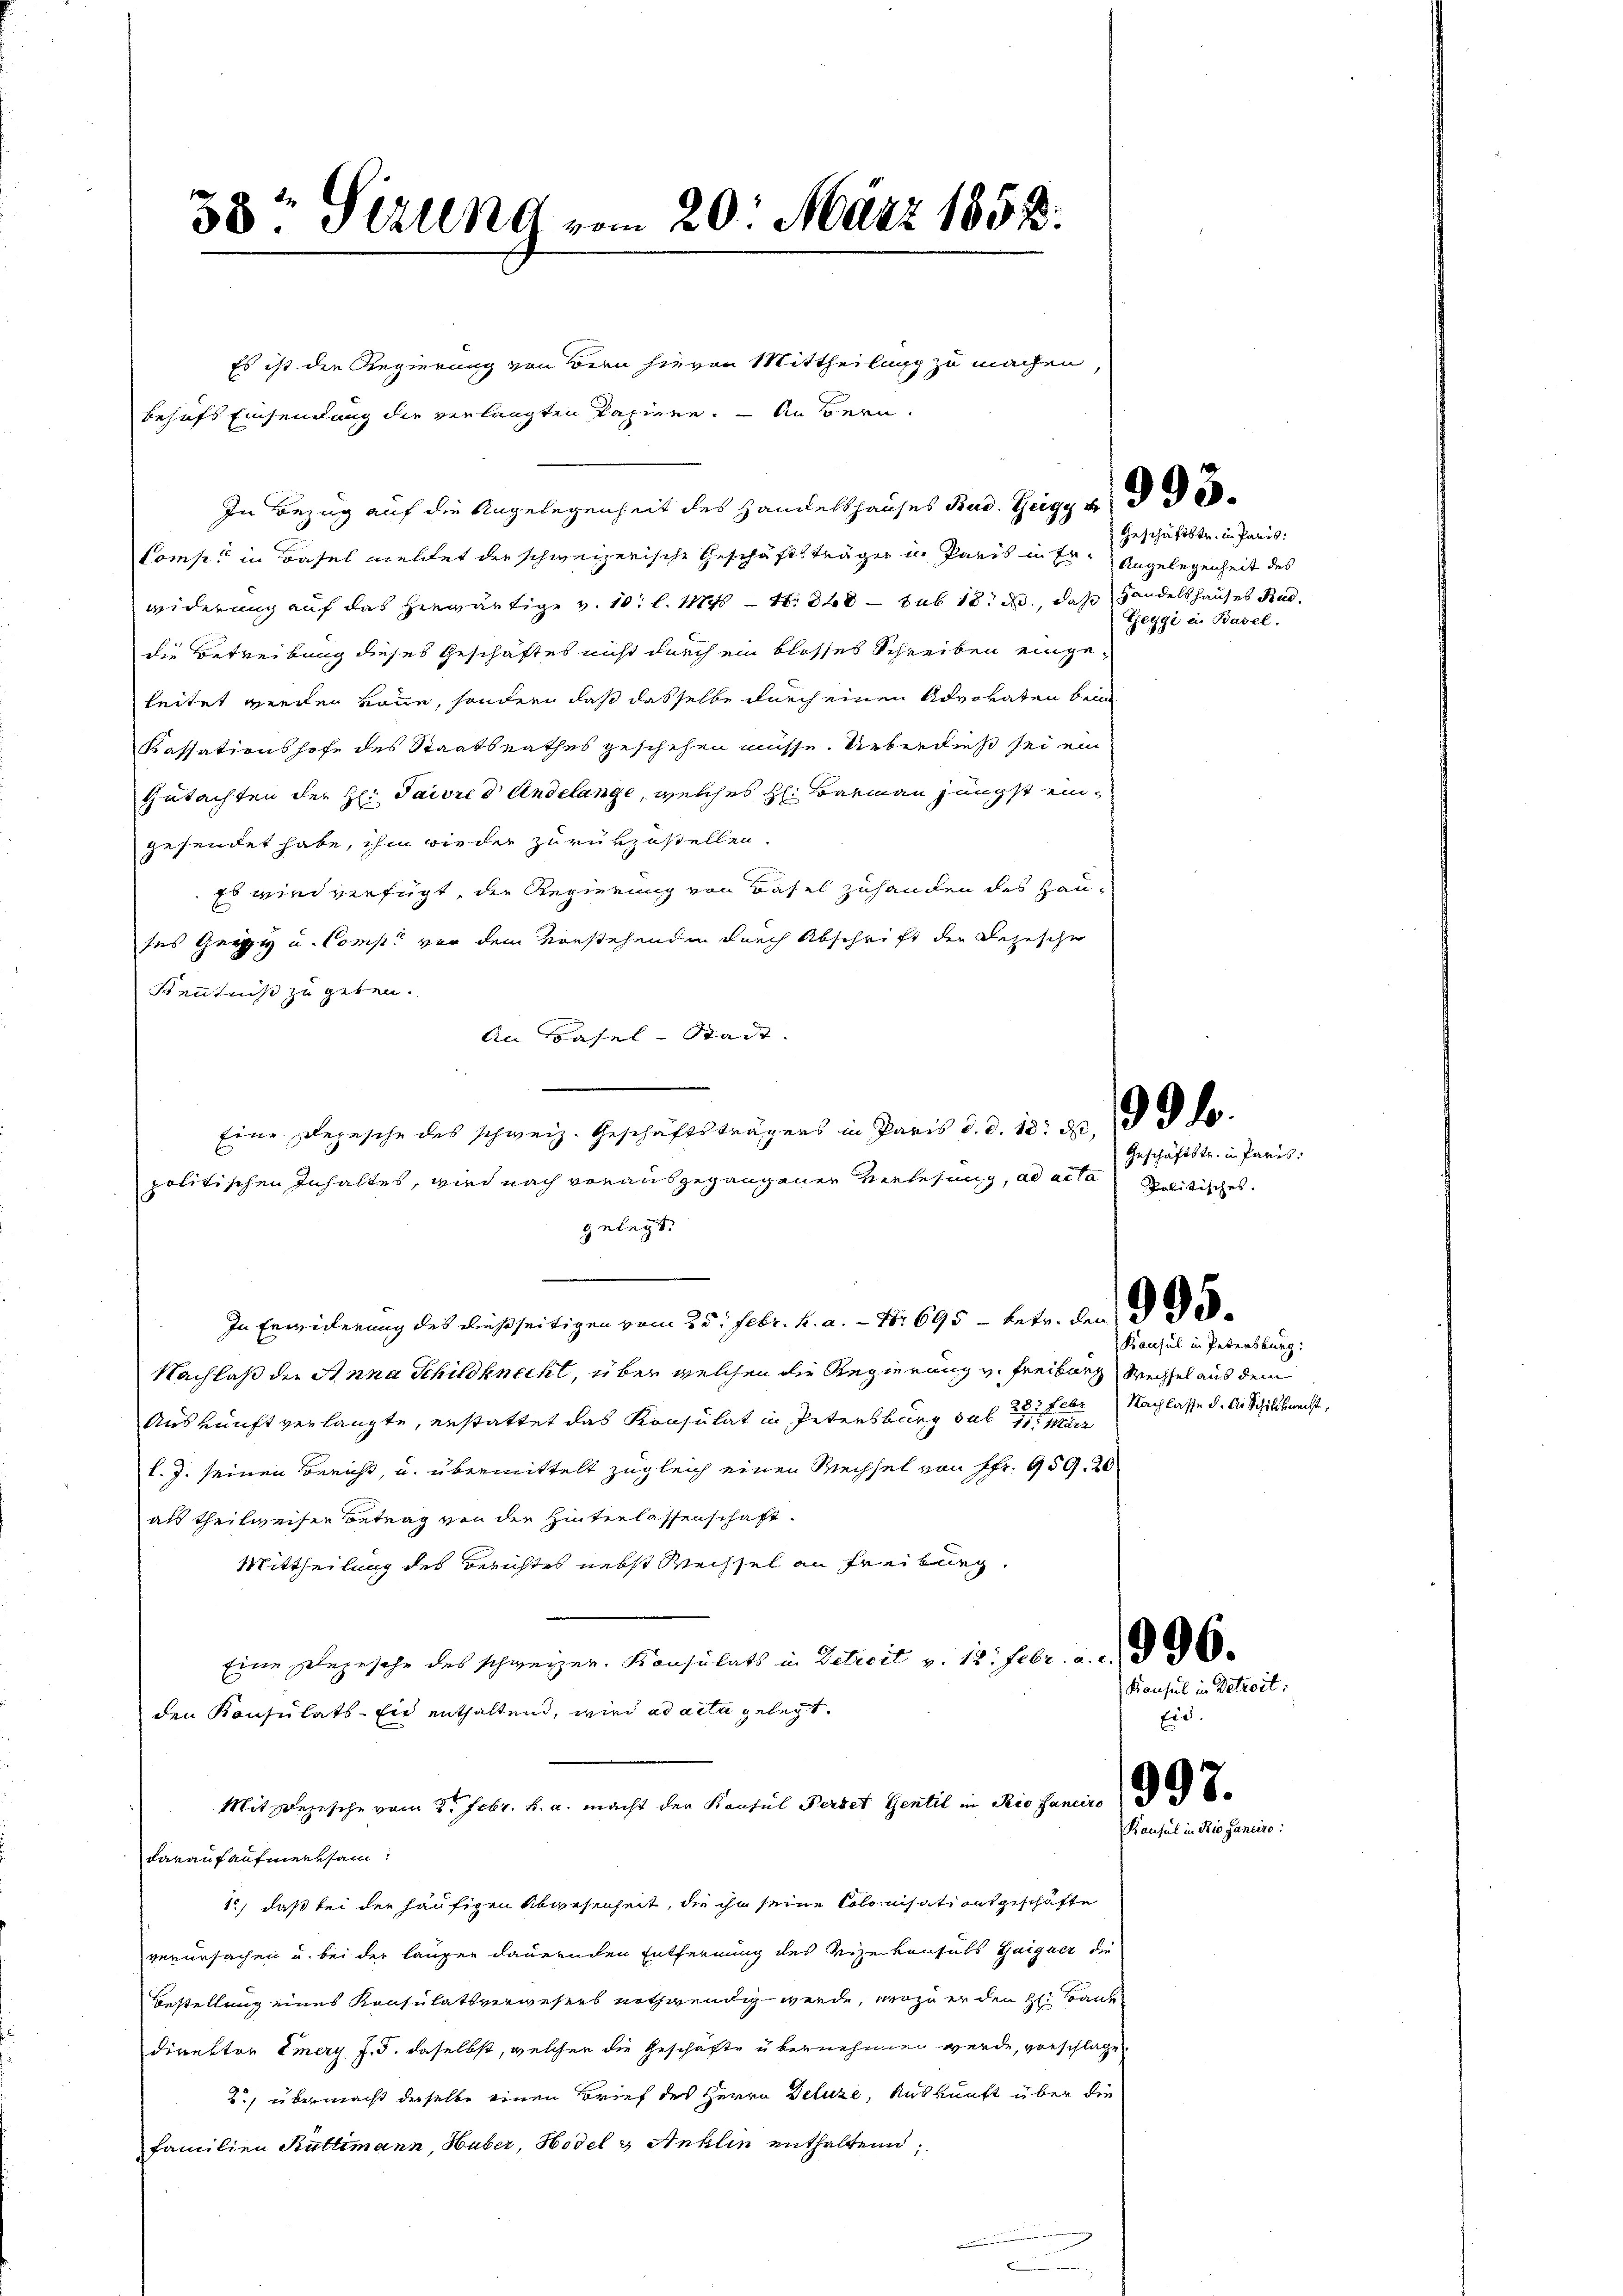
38 Sirung vom 20. März 1858.
Es ist den Regierung von Bern hievon Mittheilung zu machen,

behufs Einsendung die verlangten Papiere. — An Bern:
In Bezug auf die Angelegenheit des Handelshauses Rud. Teigg u. 3 de
Comp. in Basel meldet der schweizerische Geschäftsträger in Paris in Er¬ Angelegenheit des
widerung auf das herwärtige v. 10. l. 1170 - 4. 848 sub 18 d., daß Handelshauses Rud
die Betreibung dieses Geschäftes nicht durch ein blosses Schreiben eingeleitet wieder könne, sondern daß dasselbe durch einen Advokaten bei
Kassationshofe des Staatsrathes geschehen müsse. Ueberdieß sei ein
Gutachten der H: Paivre d Andelange, welches H: Barmann jüngst eingesendet habe, ihm wieder zurükzustellen.
Es wird verfügt, die Regierung von Basel zuhanden des Hauses Gery u. Const von dem vorstehenden durch Abschrift der Rezescher
Kenntniß zu geben.
An Basel-Stadt.
gelegt.
n
In Erweilerung des dießseitigen vom 25. Febr. h. a. - Nr 695 - betr. den Vol¬
Nachlaß der Anna Schildknecht, über welchen die Regierung v. Freiburg Wechsel aus dem
Auskunft verlangte, erstattet das Konsulat in Petensburg das 2 Nachlasse d. A. Schildknecht,
l. J. seinen Bericht, u. übermittelt zugleich einen Wechsel von Fr. 959. 20
als theilweiser Betrag von der Hinterlassenschaft
Mittheilung des Berichtes nebst Wechsel an Freiburg.
Eine Ehegesehe des schweizer. Konsulats in Beteil v. 12. Febr. a. d. d. 96.
den Konsulats-Eir enthaltend, wird ad acta gelegt.
Mit Degesehe vom 21. Febr. v. a. macht der Kantus Partet Gentil in die Janei (§ 8
Lanaufaufmerksam:
1, daß bei der häufigen Abwesenheit, die ihn seine Colonisationsgeschäfte
verursachen u. bei der lauger dauernden Entfernung des Vizekonsuls Geigner die
Bestellung eines Konsulatsverwesers nothwendig werde, wozu er den H. Bauk
direktor Emery J. J. daselbst, welcher die Geschäfte übernehmen werde, vorschlage
2) übermacht derselbe einen Brief des Herrn Deluze, Auskunft über die
familien Rüttimann, Huber, Hodel & Anklin enthalten,

Eine Degesehe des schweiz. Geschäftsträgers in Paris d. d. 15. ds. d. d. d.
politischen Inhaltes, wird nach vorausgegangenen Verlesung, ad acta

Geschäftstr. in Paris:
Geggi in Basel.

Kausul in Petersburg:

Geschäftstr. in Paris:
politisches.

Konsul in Detzoit:
Eid.

Konsul in Rio Sanen